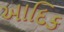
આદિક